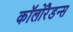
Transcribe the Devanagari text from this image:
कॉलोरैडन्स